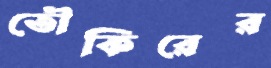
তৌকিরের